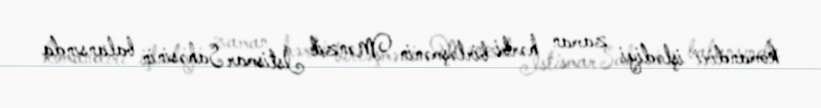
komandiri işlədiyi zaman hərbi birləşmənin Mənzil İstismar Sahəsinin balansında